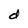
Character: d